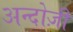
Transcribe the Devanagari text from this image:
अन्दोज़ी